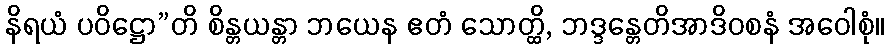
နိရယံ ပဝိဋ္ဌော”တိ စိန္တယန္တာ ဘယေန ဧတံ သောတ္ထိ, ဘဒ္ဒန္တေတိအာဒိဝစနံ အဝေါစုံ။